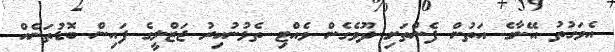
އެވަގުތު އޭނާގެ އަތުން ފެންތަށި ދޫވެގެން ވެއްޓި ތެޅުނުއިރު ޖަޒްލީގެ ފައިން ބޮޑުތަނެއް